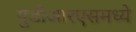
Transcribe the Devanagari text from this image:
युडीआरएसमध्ये